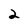
Character: 2